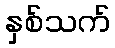
နှစ်သက်